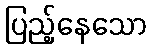
ပြည့်နေသော